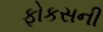
ફોકસની